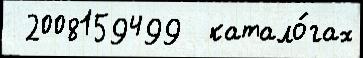
 2008159499  катало́гах